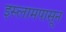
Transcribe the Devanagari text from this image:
इस्लामपासून